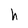
Character: h